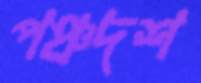
পঞ্চদশ